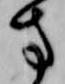
方